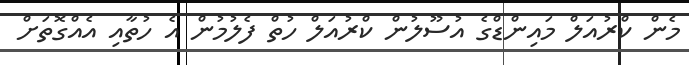
މެން ކްރުއަލް މައިންޑްގެ އުސޫލުން ކްރުއަލް ހުތް ފެލުމުން އެ ހުތާއި އެއްގޮތަށް